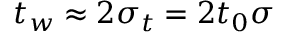
t _ { w } \approx 2 \sigma _ { t } = 2 t _ { 0 } \sigma